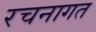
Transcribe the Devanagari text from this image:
रचनागत